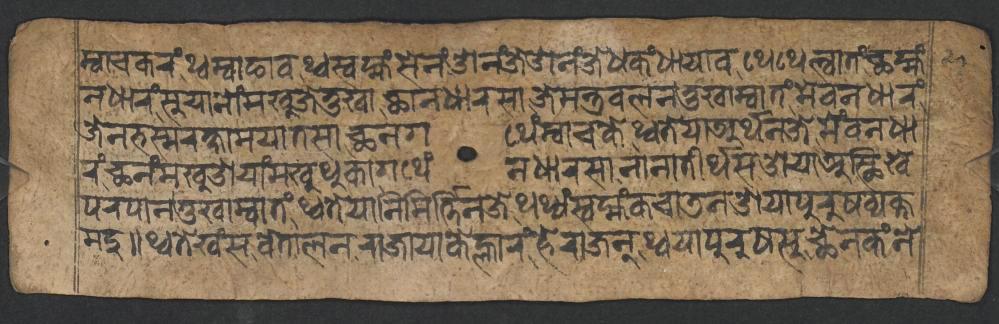
𑐩𑑂𑐰𑐵𑐔𑐎𑐬𑑄𑐠𑑂𑐰𑐩𑑂𑐰𑐵𑐒𑐵𑐰𑐠𑑂𑐰𑐳𑑂𑐰𑐩𑑂𑐴𑑄𑐳𑐾𑐣𑑄𑐌𑐣𑑄𑐖𑐾𑐌𑐣𑑄𑐖𑐾𑐢𑐎𑑄𑐢𑐵𑐫𑐵𑐰𑐠𑐾𑐠𑐾𑐮𑑂𑐰𑐵𑐟𑑄𑐕𑐩𑑂𑐴𑑄 𑐣𑐢𑐵𑐬𑑄𑐳𑐸𑐫𑐵𑐣𑑀𑑄𑐩𑐏𑐸𑐖𑐾𑐟𑐸𑐏𑐵𑐕𑐵𑐣𑐢𑐵𑐬𑐳𑐵𑐖𑐾𑐩𑐣𑑂𑐟𑑂𑐬𑐧𑐮𑐣𑐟𑐸𑐏𑐵𑐩𑑂𑐰𑐵𑐟𑑄𑐩𑐾𑐰𑐣𑐢𑐵𑐬𑑄 𑐖𑐾𑐣𑐨𑐳𑑂𑐩𑐬𑐎𑑂𑐲𑐵𑐩𑐫𑐵𑐟𑐳𑐵𑐕𑐣𑐐𑐠𑐾𑑄𑐩𑑂𑐰𑐵𑐔𑐎𑐾𑐠𑑂𑐰𑐟𑐾𑐫𑐵𑐀𑐬𑑂𑐠𑐣𑐖𑐾𑐩𑐾𑑄𑐰𑐣𑐢𑐵 𑐬𑑄𑐕𑐣𑑄𑐩𑐏𑐸𑐌𑐫𑐵𑑄𑐩𑐏𑐸𑐠𑐸𑐎𑐵𑐐𑐠𑐾𑑄𑐣𑐢𑐵𑐬𑐳𑐵𑐣𑐵𑐣𑐵𑐟𑐷𑐬𑑂𑐠𑐳𑐌𑐫𑐵𑐀𑐳𑑂𑐠𑐶𑐏𑐾 𑐥𑐬𑐥𑐵𑐣𑐟𑐸𑐏𑐵𑐩𑑂𑐰𑐵𑐟𑑄𑐠𑑂𑐰𑐟𑐾𑐫𑐵𑐣𑐶𑐩𑐶𑐬𑑂𑐟𑑂𑐟𑐶𑐣𑐖𑐾𑐠𑐠𑑂𑐫𑑄𑐳𑑂𑐰𑐩𑑂𑐴𑑄𑐎𑐔𑐵𑐜𑐣𑐌𑐫𑐵𑐥𑐸𑐬𑐸𑐲𑐰𑑂𑐫𑐎𑑂𑐟 𑐩𑐡𑐸𑑌𑐠𑑂𑐰𑐟𑐾𑐏𑑄𑐳𑐰𑐾𑐟𑐵𑐮𑐣𑐬𑐵𑐖𑐵𑐫𑐵𑐎𑐾𑐮𑑂𑐴𑐵𑐬𑑄𑐴𑐾𑐬𑐵𑐖𑐣𑑂𑐠𑑂𑐰𑐫𑐵𑐥𑐸𑐬𑐸𑐲𑐳𑐸𑐕𑐾𑐣𑐎𑑄𑐣𑐾